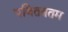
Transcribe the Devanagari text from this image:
पवितत्रतम